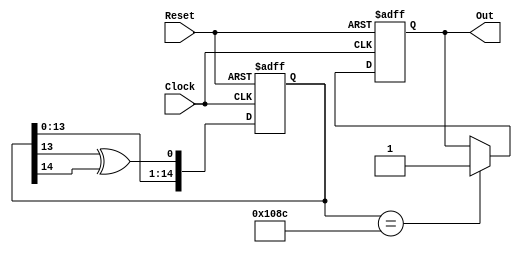
// Copyright (C) 2015  Adam Nunez
// 
// This program is free software; you can redistribute it and/or
// modify it under the terms of the GNU General Public License
// as published by the Free Software Foundation; either version 2
// of the License, or (at your option) any later version.
// 
// This program is distributed in the hope that it will be useful,
// but WITHOUT ANY WARRANTY; without even the implied warranty of
// MERCHANTABILITY or FITNESS FOR A PARTICULAR PURPOSE.  See the
// GNU General Public License for more details.

module LFSR25000(
input Clock,
input Reset,
output reg Out
);

// This module accepts 1 input plus a clock and returns 1
// on output after 25000 clock cycles have passed.

reg [14:0] LFSR;

always @(posedge Clock, negedge Reset) begin
	if(Reset==0) begin
		Out <= 0;
		LFSR <= 15'b111111111111111;
	end
	else begin
		LFSR[0] <= LFSR[13] ^ LFSR[14];
		LFSR[14:1] <= LFSR[13:0];
		if(LFSR==15'b001000010001100) Out <= 1;
	end
end

endmodule